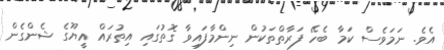
އެވެ. ނަމަވެސް ކަމާ ބެހޭ ފަރާތްތަކުން ނިންމާފައިވާ ގޮތުގައި އިތުރައް އީޔޫގެ ޝެންގެން